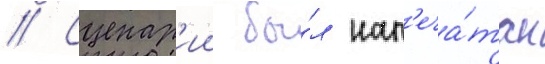
// Сценар'ии бы́л нап'еча́тан